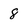
Character: 8